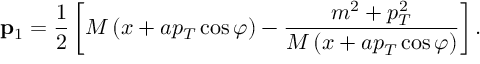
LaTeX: { \bf p } \mathrm { _ 1 } = \frac 1 2 \left[ M \left( x + a p _ { T } \cos \varphi \right) - \frac { m ^ { 2 } + p _ { T } ^ { 2 } } { M \left( x + a p _ { T } \cos \varphi \right) } \right] .